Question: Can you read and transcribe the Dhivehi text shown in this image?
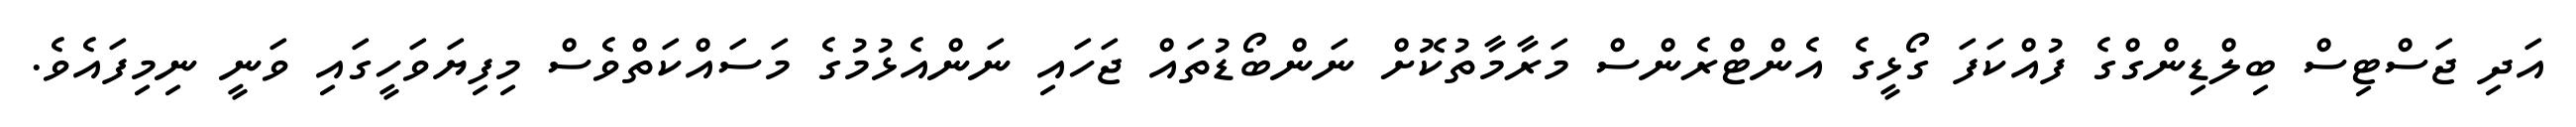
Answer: އަދި ޖަސްޓިސް ބިލްޑިންގްގެ ފުއްކަފަ ގޯޅީގެ އެންޓްރެންސް މަރާމާތުކޮށް ނަންބޯޑުތައް ޖަހައި ނަންއެޅުމުގެ މަސައްކަތްވެސް މިފިޔަވަހީގައި ވަނީ ނިމިފައެވެ.